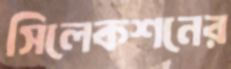
সিলেকশনের